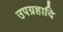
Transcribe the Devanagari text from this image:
उपग्रहादि